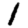
Digit: 1